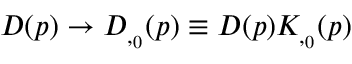
D ( p ) \rightarrow D _ { \L , \L _ { 0 } } ( p ) \equiv D ( p ) K _ { \L , \L _ { 0 } } ( p )